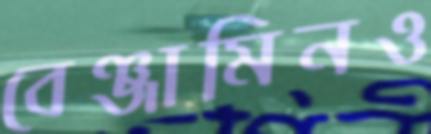
বেঞ্জামিনও